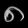
Digit: ၈